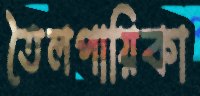
তৈলপায়িকা